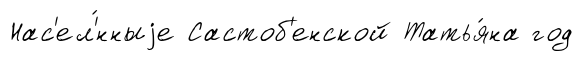
Нас'ел'́нныjе Састоб'енской Татья́на год